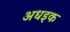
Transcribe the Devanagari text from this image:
अधइक